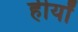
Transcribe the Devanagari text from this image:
हीर्यों